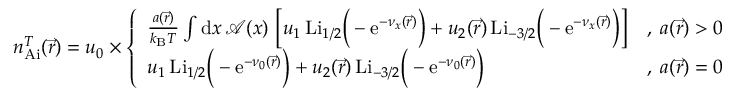
\begin{array} { r } { n _ { \mathrm { A i } } ^ { T } ( \vec { r } ) = u _ { 0 } \times \left\{ \begin{array} { l l } { \frac { a ( \vec { r } ) } { k _ { \mathrm { B } } T } \int \mathrm { d } x \, \mathcal { A } ( x ) \, \left[ u _ { 1 } \, \mathrm { L i } _ { 1 / 2 } \Big ( - \mathrm { e } ^ { - \nu _ { x } ( \vec { r } ) } \Big ) + u _ { 2 } ( \vec { r } ) \, \mathrm { L i } _ { - 3 / 2 } \Big ( - \mathrm { e } ^ { - \nu _ { x } ( \vec { r } ) } \Big ) \right] } & { , \; a ( \vec { r } ) > 0 } \\ { u _ { 1 } \, \mathrm { L i } _ { 1 / 2 } \Big ( - \mathrm { e } ^ { - \nu _ { 0 } ( \vec { r } ) } \Big ) + u _ { 2 } ( \vec { r } ) \, \mathrm { L i } _ { - 3 / 2 } \Big ( - \mathrm { e } ^ { - \nu _ { 0 } ( \vec { r } ) } \Big ) } & { , \; a ( \vec { r } ) = 0 } \end{array} \right. } \end{array}